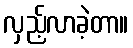
လှည့်လာခဲ့တာ။